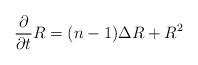
LaTeX: \begin{align*}\frac{\partial}{\partial t} R = (n-1) \Delta R + R^2\end{align*}